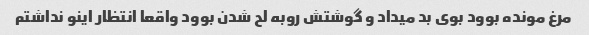
مرغ مونده بوود بوی بد میداد و گوشتش رو‌به لح شدن بوود واقعا انتظار اینو نداشتم